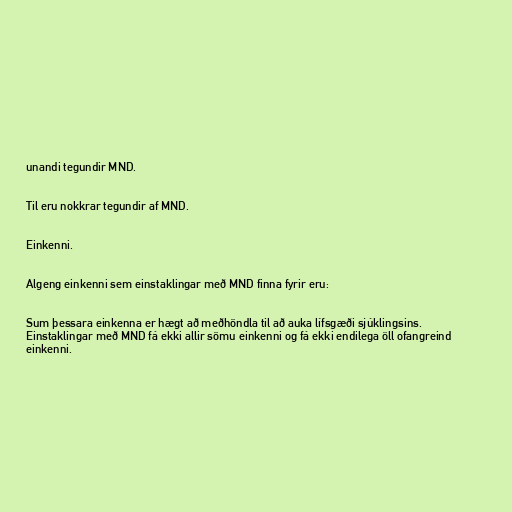
unandi tegundir MND.

Til eru nokkrar tegundir af MND.

Einkenni.

Algeng einkenni sem einstaklingar með MND finna fyrir eru:

Sum þessara einkenna er hægt að meðhöndla til að auka lífsgæði sjúklingsins.
Einstaklingar með MND fá ekki allir sömu einkenni og fá ekki endilega öll ofangreind
einkenni.